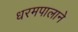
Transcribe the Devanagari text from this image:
धरमपालाने